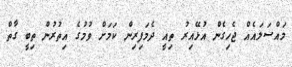
މައްސަލައެއް ޖެހިގެން އުޅޭއިރު ތިއީ ދެމަފިރިން ކަމަށް ވުމުގެ އިތުރުން ތިބީ ގާތް